Plague in India, 1896, 1897 - Volume 1
Year: 1896
Disease focus: Plague
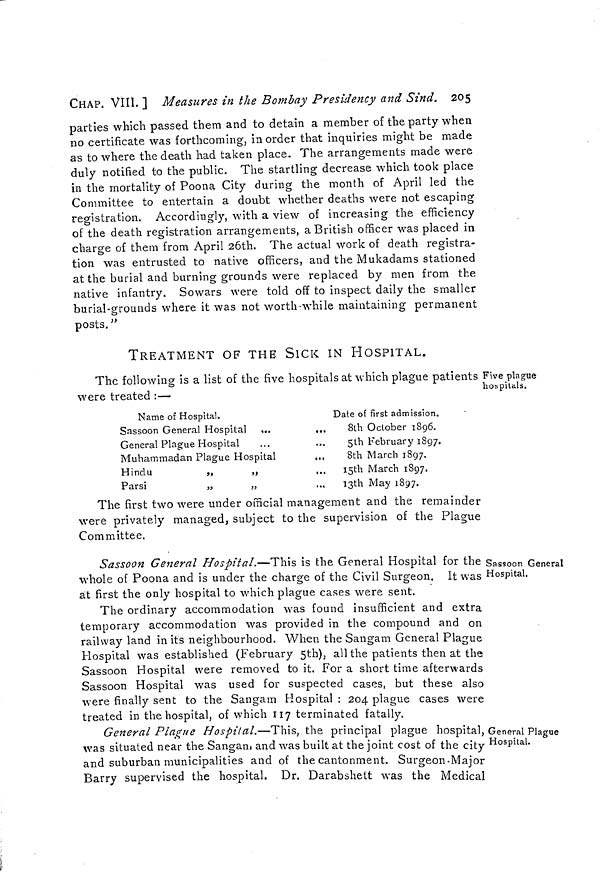
CHAP. VIII. ] Measures in the Bombay Presidency and Sind. 205
parties which passed them and to detain a member of the party when
no certificate was forthcoming, in order that inquiries might be made
as to where the death had taken place. The arrangements made were
duly notified to the public. The startling decrease which took place
in the mortality of Poona City during the month of April led the
Committee to entertain a doubt whether deaths were not escaping
registration. Accordingly, with a view of increasing the efficiency
of the death registration arrangements, a British officer was placed in
charge of them from April 26th. The actual work of death registra-
tion was entrusted to native officers, and the Mukadams stationed
at the burial and burning grounds were replaced by men from the
native infantry. Sowars were told off to inspect daily the smaller
burial-grounds where it was not worth while maintaining permanent
posts."
Five plague
hospitals.
TREATMENT OF THE SICK IN HOSPITAL.
The following is a list of the five hospitals at which plague patients
were treated : —
Name of Hospital.
Sassoon General Hospital
...
...
General Plague Hospital
Muhammadan Plague Hospital
,,,
Hindu
,,
„
Parsi
„
„
Date of first admission.
8th October 1896.
5th February 1897.
8th March 1897.
15th March 1897.
13th May 1897.
The first two were under official management and the remainder
were privately managed, subject to the supervision of the Plague
Committee.
Sassoon General
Hospital.
Sassoon General Hospital.—This is the General Hospital for the
whole of Poona and is under the charge of the Civil Surgeon. It was
at first the only hospital to which plague cases were sent.
The ordinary accommodation was found insufficient and extra
temporary accommodation was provided in the compound and on
railway land in its neighbourhood. When the San gam General Plague
Hospital was established (February 5th), all the patients then at the
Sassoon Hospital were removed to it. For a short time afterwards
Sassoon Hospital was used for suspected cases, but these also
were finally sent to the Sangam Hospital : 204 plague cases were
treated in the hospital, of which 117 terminated fatally.
General Plague
Hospital.
General Plague Hospital.—This, the principal plague hospital,
was situated near the Sangam and was built at the joint cost of the city
and suburban municipalities and of the cantonment. Surgeon. Major
Barry supervised the hospital, Dr. Darabshett was the Medical